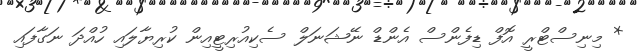
* މިނިސްޓްރީ އޮފް ޑިފެންސް އެންޑް ނޭޝަނަލް ސެކިއުރިޓީއިން ކުރިޔާލައި ހުއްދަ ނަގާފައި